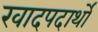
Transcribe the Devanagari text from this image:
खादपदार्थों